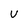
Character: v